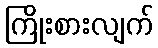
ကြိုးစားလျက်